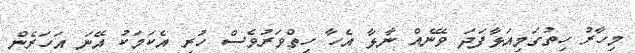
މިހާރު ހިތުގަމިއަޅާފަދަ ވޭނެއް ނާޅާ އެހާ ހިތްވަރުވެސް ހުރި އެކަމަކު އޭނަ އަހަރެން